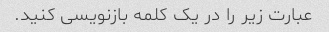
عبارت زیر را در یک کلمه بازنویسی کنید.